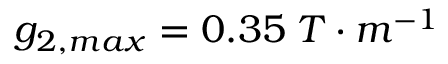
g _ { 2 , m a x } = 0 . 3 5 \; T \cdot m ^ { - 1 }